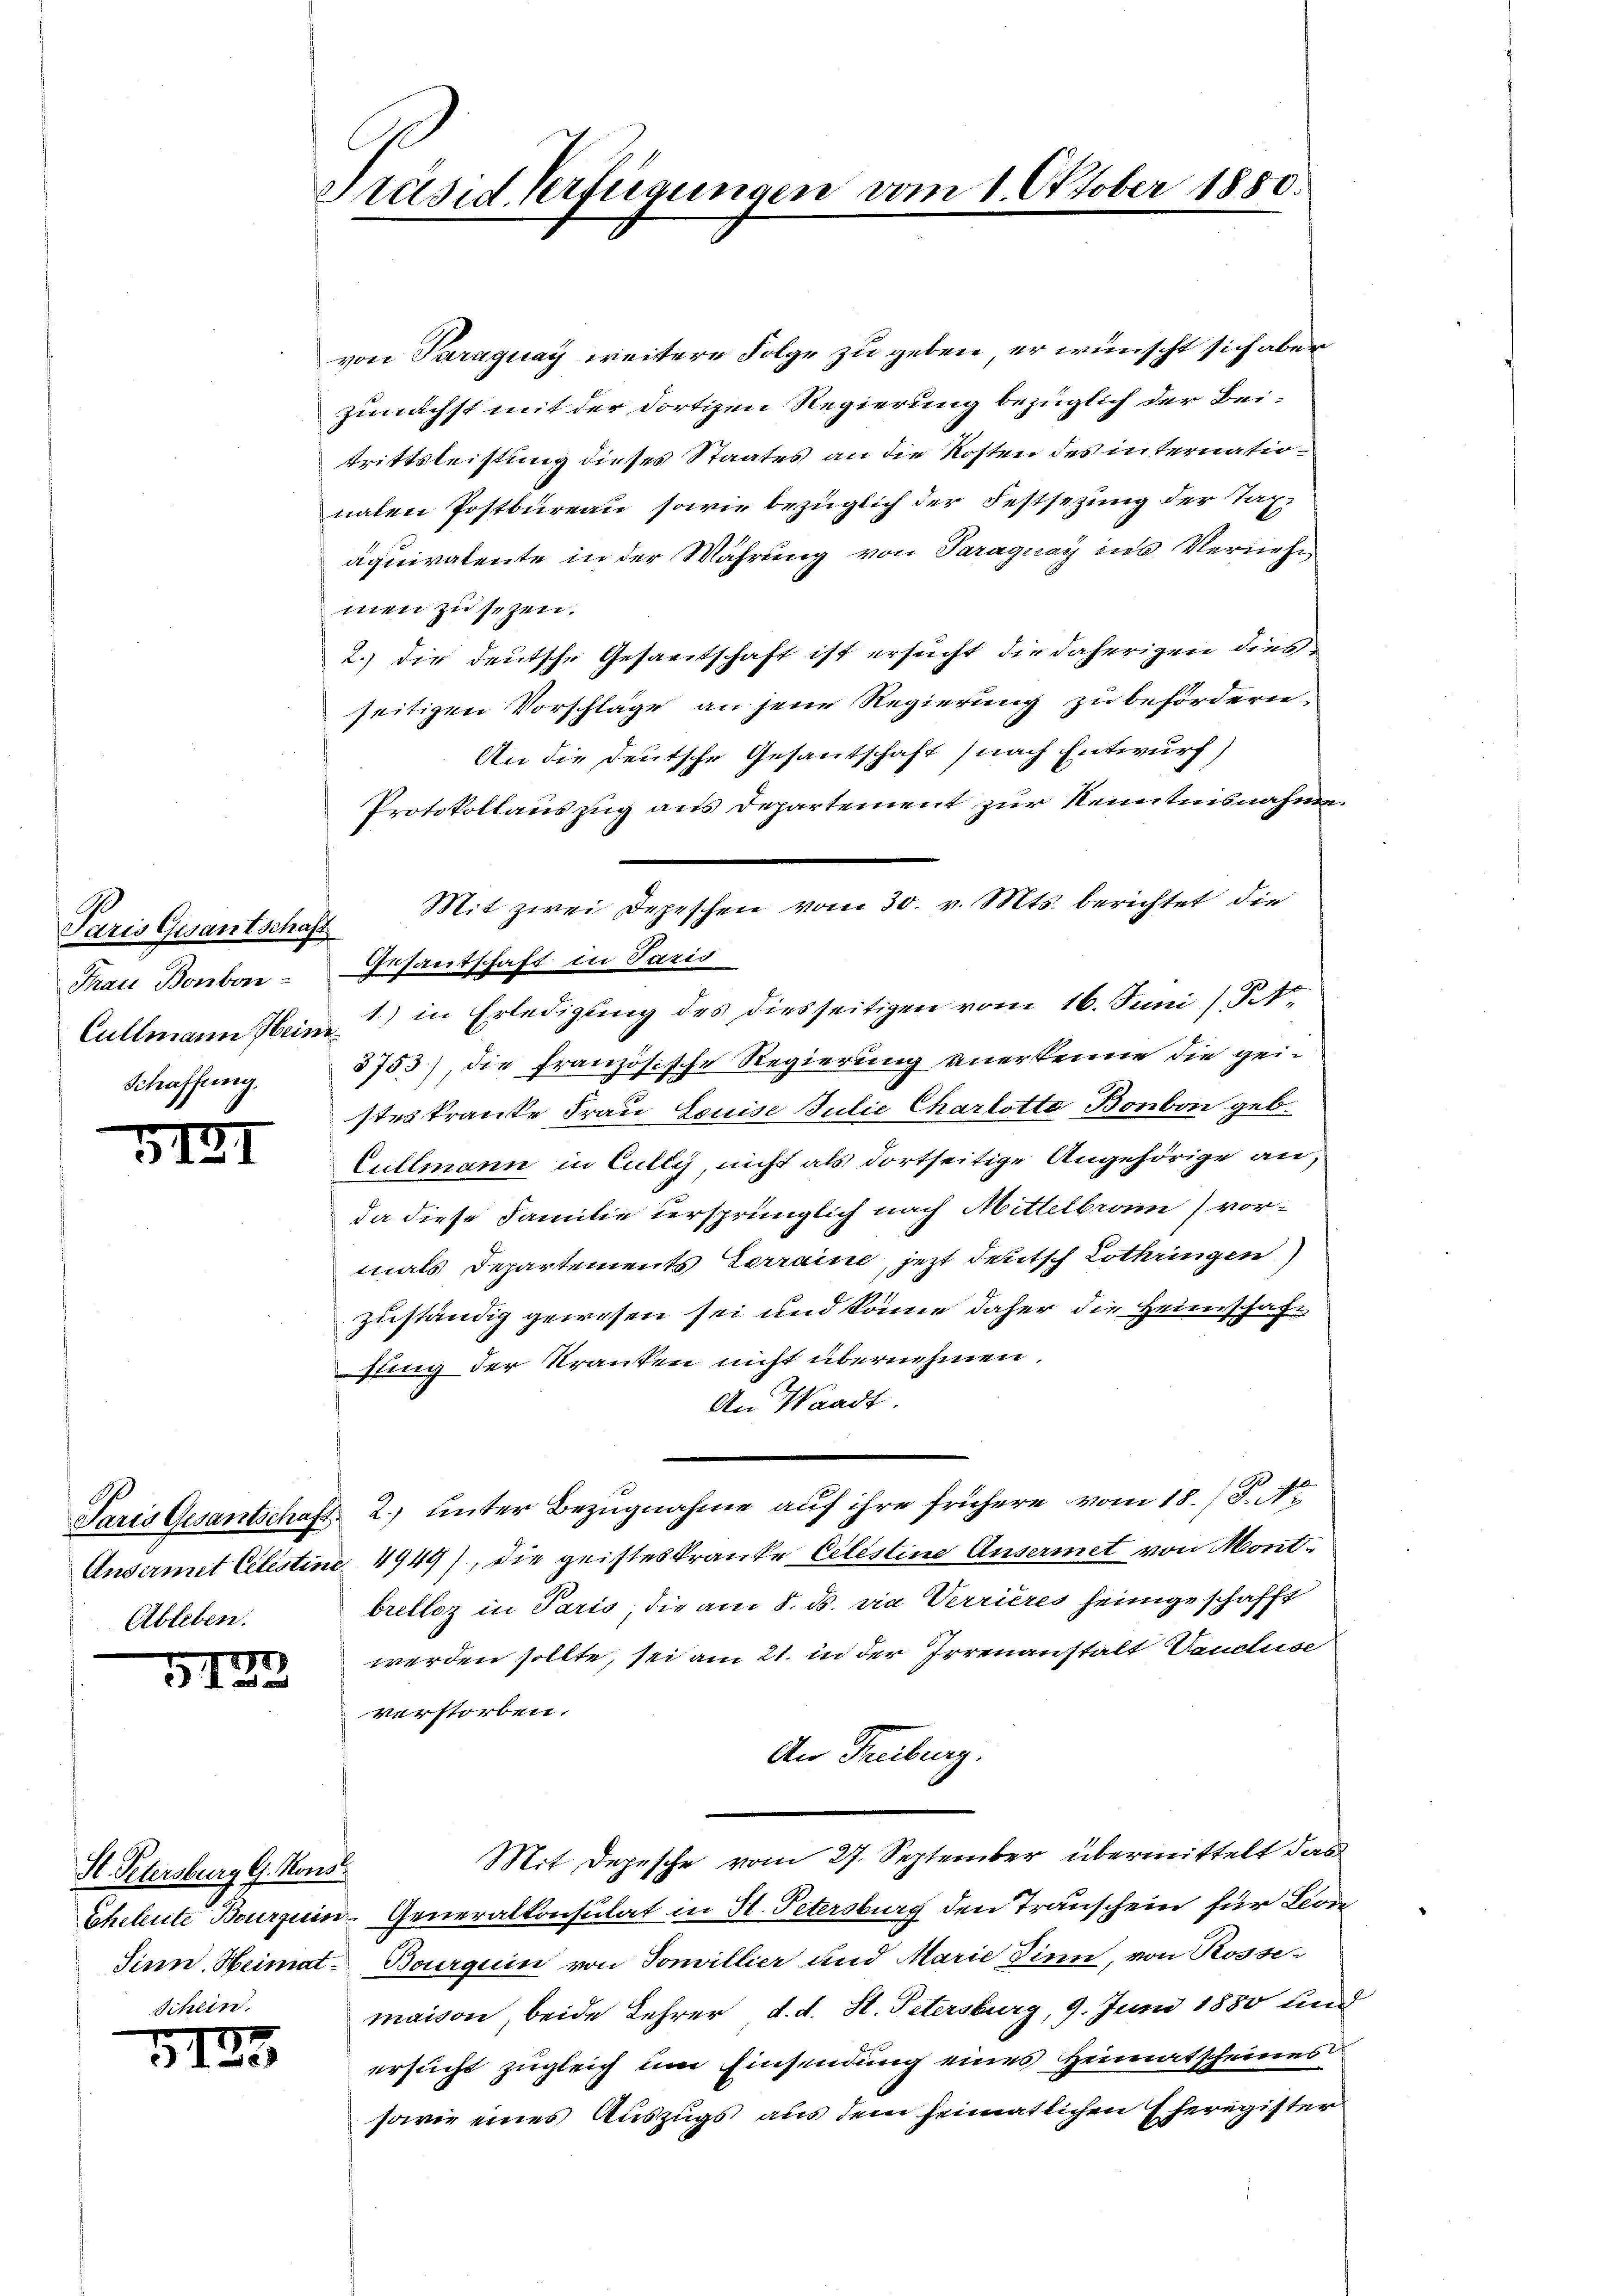
Schaffung.

31.

57

Ableben.

7
1

von Paraguay weitere Folge zu geben, er wünscht sich aber
zunächst mit der dortigen Regierung bezüglich der Beitrittsleistung dieses Staates an die Kosten des internationalen Postbureau sowie bezüglich der Festsezung der Taxäquivalente in der Währung von Paraguay ins Vernehe
men zu sezen.
2.) Die deutsche Gesandtschaft ist ersucht die daherigen dies
seitigen Vorschläge an jene Regierung zu befördern
An die Deutsche Gesantschaft (nach Entwurf)
Protokollauszug aus Departement zur Kenntnisnahme
Frau Bonbon- Gesantschaft in Paris
Cullmann Hein 1) in Erledigung des diesseitigen vom 16. Juni (St.
3753), die Französische Regierung anerkenne die geisteskranke Frau Louise Julie Charlotte Bonbon geb.
Cullmann in Cully, nicht als dortseitige Angehörige an,
da diese Familie dersprünglich nach Mittelbrun vormals Departements Terraine, jezt deutsch Lothringen)
zuständig gewesen sei und könne daher die Heimschaft
fling der Kranken nicht übernehmen.
An Waadt
Paris Gesantschaft 2.) unter Bezugnahme auf ihre frühere vom 18./S. No
Ansermet Celestini 4949), die geisteskranke Celestine Ansermet von Montbretloz in Paris, die am 8. ds. die Verrières heimgeschafft
werden sollte, sei am 21. in der Irrenanstalt Vancluse
verstorben.
An Freiburg.
Mit Depesche vom 27. September übermittelt das
Eheleute Bourquin Generalkonsulat in H. Petersburg den Transchein für Leon¬
Sinn. Heimat- Bourquin von Jonvillier und Marie Dinn, von Rossemaison, beide Lehrer d. d. St. Petersburg, 9. Juni 1880 und
ersucht zugleich um Einsendung eines Heimatscheines
sowie eines Auszugs aus dem heimatlichen Eheregister

St. Petersburg G. Kons

7
35

Präsid Verfügungen vom 1. Oktober 1880.

Paris Gesantschaft Mit zwei Depeschen vom 30. v. Mts. berichtet die